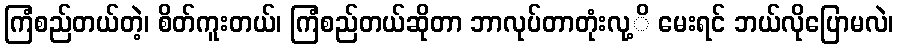
ကြံစည်တယ်တဲ့၊ စိတ်ကူးတယ်၊ ကြံစည်တယ်ဆိုတာ ဘာလုပ်တာတုံးလု့ိ မေးရင် ဘယ်လိုပြောမလဲ၊